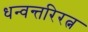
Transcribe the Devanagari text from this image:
धन्वन्तरिरत्न